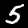
Digit: 5